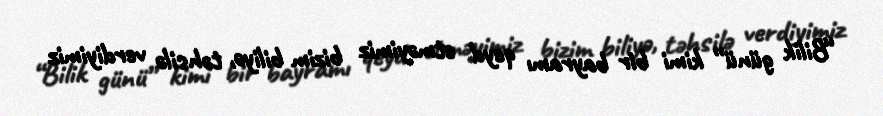
“Bilik günü” kimi bir bayramı qeyd etməyimiz bizim biliyə, təhsilə verdiyimiz